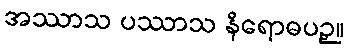
အဿာသ ပဿာသ နိရောဓပဉှ။